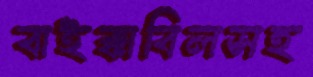
বাইক্কাবিলসহ